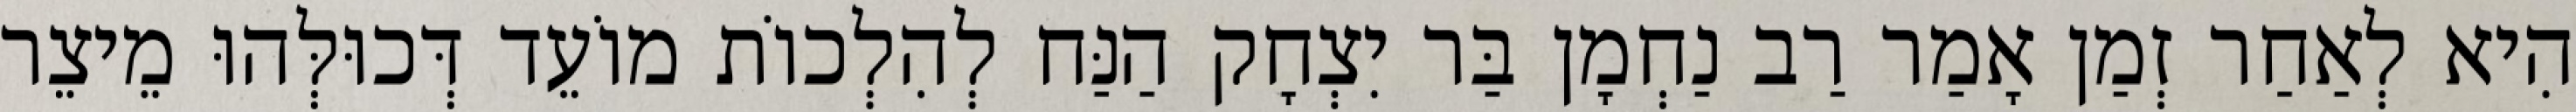
הִיא לְאַחַר זְמַן אָמַר רַב נַחְמָן בַּר יִצְחָק הַנַּח לְהִלְכוֹת מוֹעֵד דְּכוּלְּהוּ מֵיצֵר